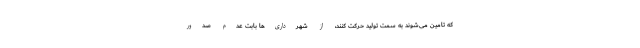
که تامین می‌شوند به سمت تولید حرکت کنند، از شهرداری‌ها بابت عدم صدور